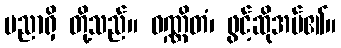
ပညာရှိ တို့သည်။ ဝဏ္ဏိတံ၊ ဖွင့်ဆိုအပ်၏။